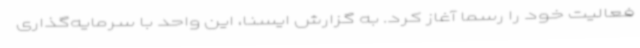
فعالیت خود را رسما آغاز کرد. به گزارش ایسنا، این واحد با سرمایه‌گذاری